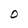
Character: O